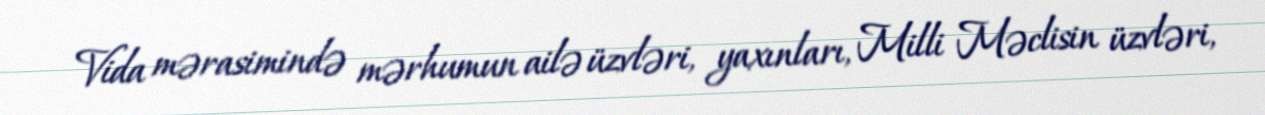
Vida mərasimində mərhumun ailə üzvləri, yaxınları, Milli Məclisin üzvləri,